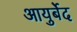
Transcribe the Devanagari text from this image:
आयुर्बेद